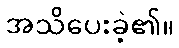
အသိပေးခဲ့၏။